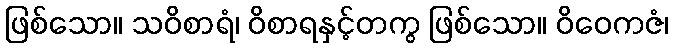
ဖြစ်သော။ သဝိစာရံ၊ ဝိစာရနှင့်တကွ ဖြစ်သော။ ဝိဝေကဇံ၊